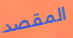
المقصد